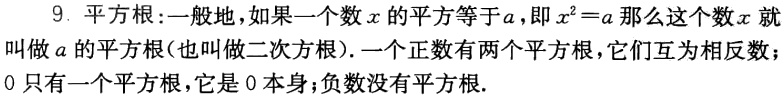
9. 平方根:一般地，如果一个数\(x\)的平方等于\(a\)，即\(x^{2}=a\)那么这个数\(x\)就叫做\(a\)的平方根（也叫做二次方根）. 一个正数有两个平方根，它们互为相反数；\(0\)只有一个平方根，它是\(0\)本身；负数没有平方根.